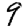
Digit: 9